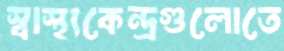
স্বাস্থ্যকেন্দ্রগুলোতে